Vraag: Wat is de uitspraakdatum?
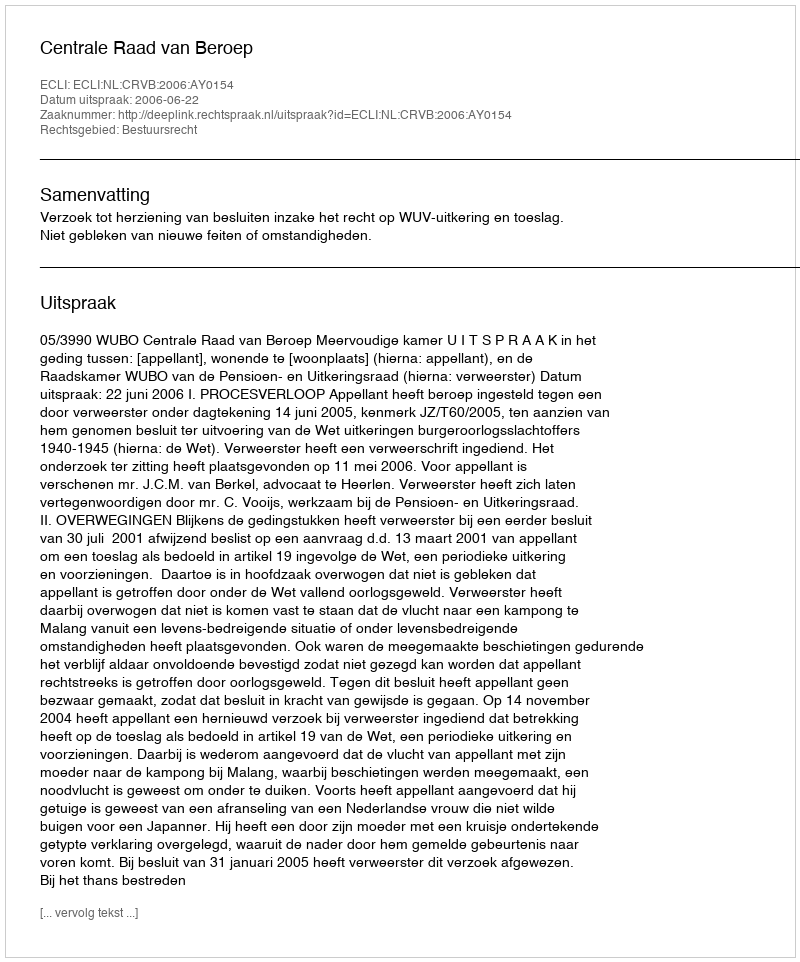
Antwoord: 2006-06-22